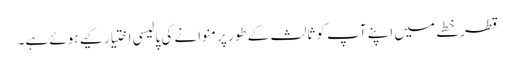
قطر خطے میں اپنے آپ کو ثالث کے طور پر منوانے کی پالیسی اختیار کیے ہوئے ہے۔